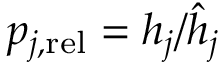
\begin{array} { r } { p _ { j , \mathrm { r e l } } = h _ { j } / \hat { h } _ { j } } \end{array}